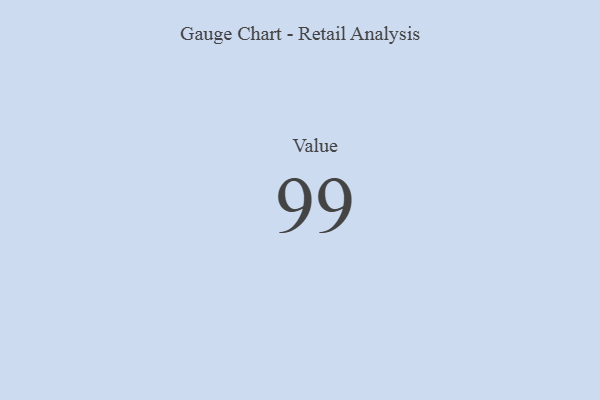
{"axis": {"x": "Metric", "y": "Value"}, "legend": [""], "data": [{"x": "Value", "y": 99, "type": ""}]}